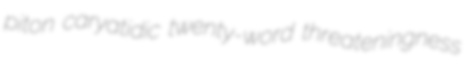
piton caryatidic twenty-word threateningness